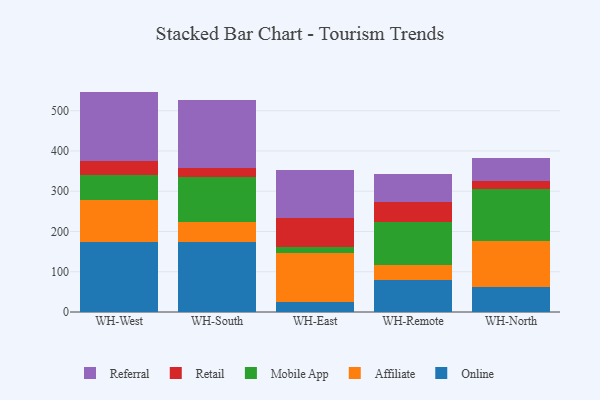
{"axis": {"x": "Warehouse", "y": "Bounce Rate (%)"}, "legend": ["Affiliate", "Mobile App", "Online", "Referral", "Retail"], "data": [{"x": "WH-West", "y": 174.9, "type": "Online"}, {"x": "WH-West", "y": 103.3, "type": "Affiliate"}, {"x": "WH-West", "y": 62.0, "type": "Mobile App"}, {"x": "WH-West", "y": 35.1, "type": "Retail"}, {"x": "WH-West", "y": 172.2, "type": "Referral"}, {"x": "WH-South", "y": 175.0, "type": "Online"}, {"x": "WH-South", "y": 48.2, "type": "Affiliate"}, {"x": "WH-South", "y": 113.2, "type": "Mobile App"}, {"x": "WH-South", "y": 20.1, "type": "Retail"}, {"x": "WH-South", "y": 170.0, "type": "Referral"}, {"x": "WH-East", "y": 23.7, "type": "Online"}, {"x": "WH-East", "y": 122.5, "type": "Affiliate"}, {"x": "WH-East", "y": 16.5, "type": "Mobile App"}, {"x": "WH-East", "y": 70.6, "type": "Retail"}, {"x": "WH-East", "y": 118.9, "type": "Referral"}, {"x": "WH-Remote", "y": 80.4, "type": "Online"}, {"x": "WH-Remote", "y": 36.5, "type": "Affiliate"}, {"x": "WH-Remote", "y": 106.1, "type": "Mobile App"}, {"x": "WH-Remote", "y": 50.8, "type": "Retail"}, {"x": "WH-Remote", "y": 69.1, "type": "Referral"}, {"x": "WH-North", "y": 62.9, "type": "Online"}, {"x": "WH-North", "y": 113.1, "type": "Affiliate"}, {"x": "WH-North", "y": 129.7, "type": "Mobile App"}, {"x": "WH-North", "y": 20.9, "type": "Retail"}, {"x": "WH-North", "y": 55.7, "type": "Referral"}]}